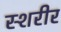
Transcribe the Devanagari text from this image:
स्शरीर